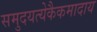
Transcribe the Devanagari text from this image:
समुदयत्येकैकमादाय